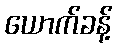
ယောက်ခန့်